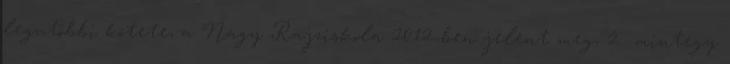
legutóbbi kötete, a Nagy Rajziskola 2012-ben jelent meg, 2 mintegy